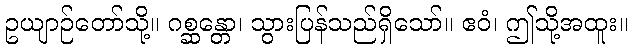
ဥယျာဉ်တော်သို့။ ဂစ္ဆန္တော၊ သွားပြန်သည်ရှိသော်။ ဧဝံ၊ ဤသို့အထူး။